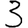
Digit: 3